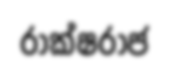
රාක්ෂරාජ